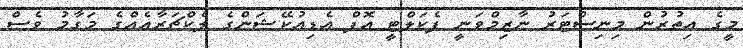
މީގެ އިތުރުން މިނިސްޓަރު ނާޒިމްވަނީ ފެކަލްޓީ އޮފް އެޑިއުކޭޝަންގެ ލެކްޗަރާއެއްގެ މަގާމު ވެސް